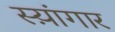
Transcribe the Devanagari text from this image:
स्य़ांगार